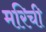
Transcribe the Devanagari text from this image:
मरिची